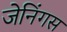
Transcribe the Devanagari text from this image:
जेनिंगस